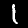
Label: 1